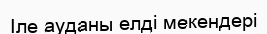
Іле ауданы елді мекендері